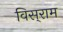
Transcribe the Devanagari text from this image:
विस्‌राम